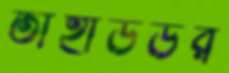
তাহাউউর